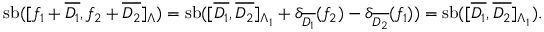
\operatorname { s b } ( [ f _ { 1 } + \overline { { D _ { 1 } } } , f _ { 2 } + \overline { { D _ { 2 } } } ] _ { \Lambda } ) = \operatorname { s b } ( [ \overline { { D _ { 1 } } } , \overline { { D _ { 2 } } } ] _ { \Lambda _ { 1 } } + \delta _ { \overline { { D _ { 1 } } } } ( f _ { 2 } ) - \delta _ { \overline { { D _ { 2 } } } } ( f _ { 1 } ) ) = \operatorname { s b } ( [ \overline { { D _ { 1 } } } , \overline { { D _ { 2 } } } ] _ { \Lambda _ { 1 } } ) .